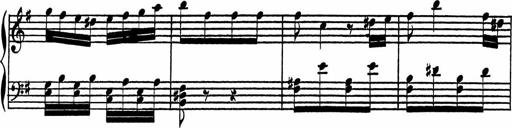
Title: 4 Piano Sonatinas
Composer: Adam Geibel